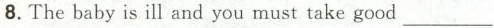
8. The baby is ill and you must take good___